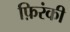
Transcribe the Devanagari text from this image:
फ़िरंकी